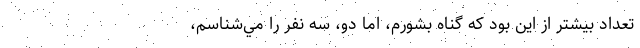
تعداد بيشتر از اين بود كه گناه بشورم، اما دو، سه نفر را مي‌شناسم،